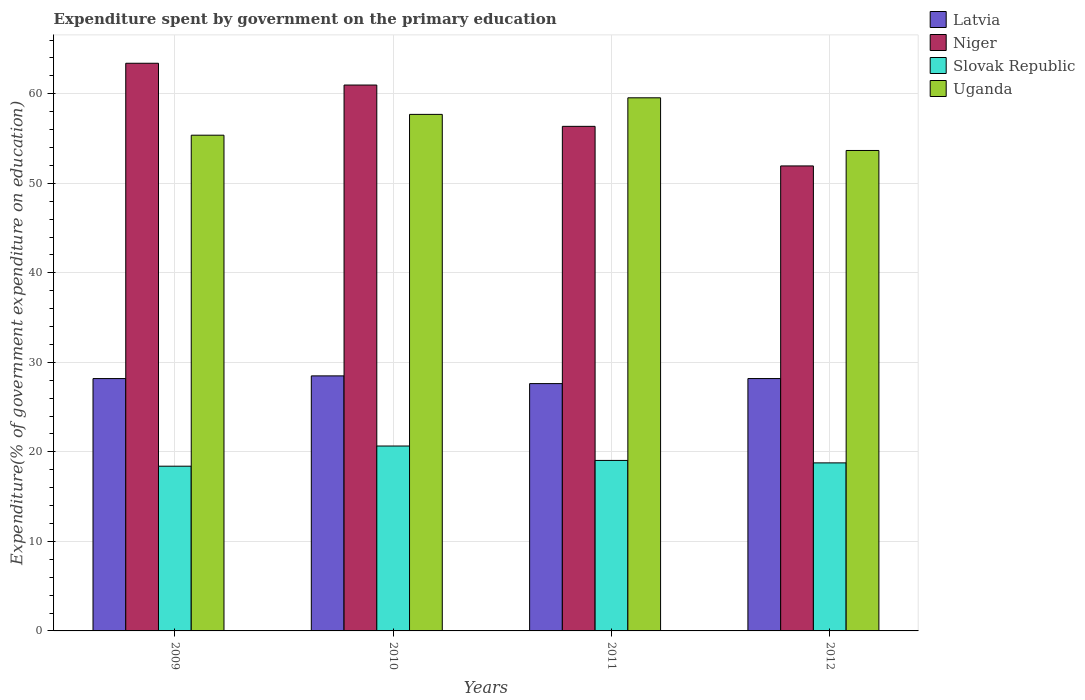
| Years | Latvia | Niger | Slovak Republic | Uganda |
 | --- | --- | --- | --- | --- |
 | 2009 | 28.2 | 63.4 | 18.4 | 55.4 |
 | 2010 | 28.5 | 61 | 20.7 | 57.7 |
 | 2011 | 27.6 | 56.4 | 19 | 59.6 |
 | 2012 | 28.2 | 51.9 | 18.8 | 53.7 |